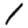
Digit: 1